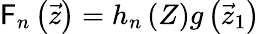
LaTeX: \mathsf{F}_{n}\left({\vec{{z}}}\right)=h_{n}\left(Z\right)g\left({\vec{{z}}}_{1}\right)